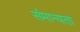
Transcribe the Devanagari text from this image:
संमान्यता